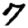
Digit: 7